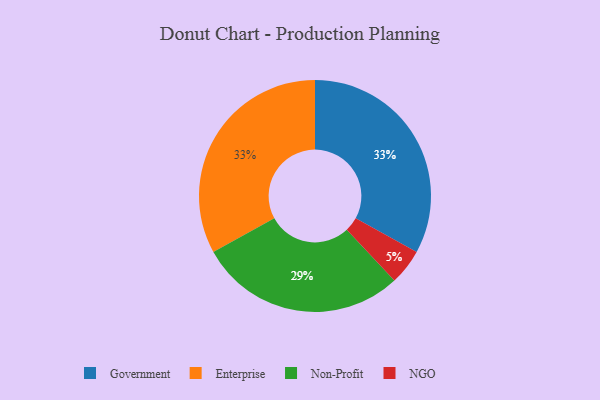
{"axis": {"x": "Category", "y": "Percentage"}, "legend": ["Enterprise", "Government", "NGO", "Non-Profit"], "data": [{"x": "NGO", "y": 5, "type": "NGO"}, {"x": "Government", "y": 33, "type": "Government"}, {"x": "Non-Profit", "y": 29, "type": "Non-Profit"}, {"x": "Enterprise", "y": 33, "type": "Enterprise"}]}